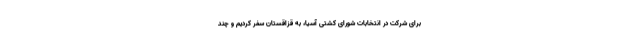
برای شرکت در انتخابات شورای کشتی آسیا، به قزاقستان سفر کردیم و چند